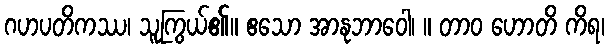
ဂဟပတိကဿ၊ သူကြွယ်၏။ ဧသော အာနုဘာဝေါ၊ ။ တာဝ ဟောတိ ကိရ၊